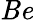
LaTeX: \mathit{Be}